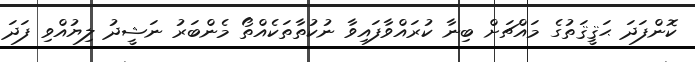
ކޮންފަދަ ޙަޤީޤަތުގެ މައްޗަށް ބިނާ ކުރައްވާފައިވާ ނުކުތާތަކެއްތޯ މެންބަރު ނަޝީދު ލިޔުއްވި ފަދަ